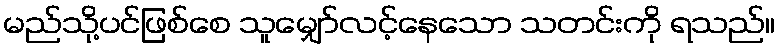
မည်သို့ပင်ဖြစ်စေ သူမျှော်လင့်နေသော သတင်းကို ရသည်။